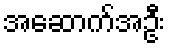
အဆောက်အဦး